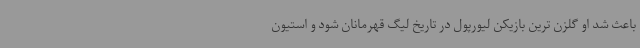
باعث شد او گلزن ترین بازیکن لیورپول در تاریخ لیگ قهرمانان شود و استیون